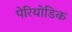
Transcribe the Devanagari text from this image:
पेरियोडिक